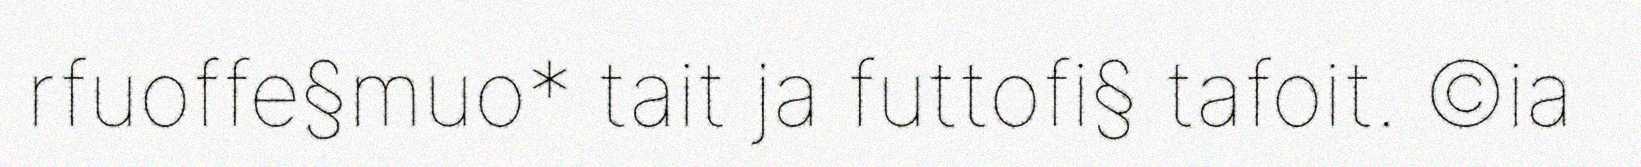
rfuoffe§muo* tait ja futtofi§ tafoit. ©ia